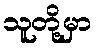
သူတို့မှာ